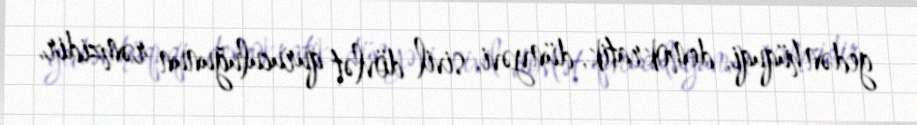
gedən hüquqi, demokratik, dünyəvi, sivil dövlət quruculuğunun rəmzidir.